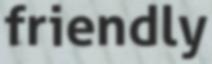
friendly